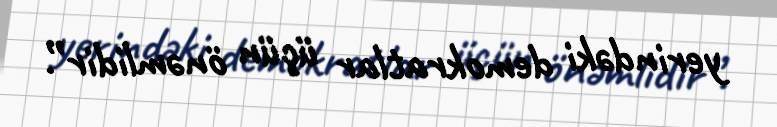
yerindəki demokratlar üçün önəmlidir”.